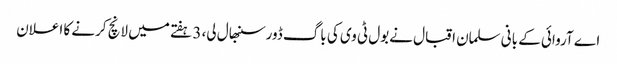
اے آروائی کے بانی سلمان اقبال نےبول ٹی وی کی باگ ڈورسنبھال لی، 3 ہفتے میں لانچ کرنے کا اعلان